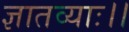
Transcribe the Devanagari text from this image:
ज्ञातव्याः।।